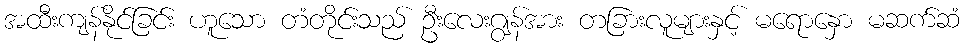
အထီးကျန်နိုင်ခြင်း ဟူသော တံတိုင်းသည် ဦးလေးဂျွန်အား တခြားလူများနှင့် မရောနှော မဆက်ဆံ